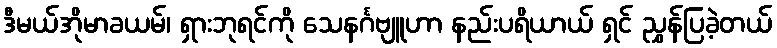
ဒီမယ်အိုမာခယမ်၊ ရှားဘုရင်ကို သေနင်္ဂဗျူဟာ နည်းပရိယာယ် ရှင် ညွှန်ပြခဲ့တယ်